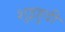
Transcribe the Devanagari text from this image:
शुइहुदी